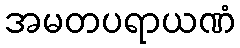
အမတပရာယဏံ